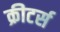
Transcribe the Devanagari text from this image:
क्रीटर्स